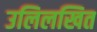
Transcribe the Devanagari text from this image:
उलिलखित